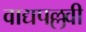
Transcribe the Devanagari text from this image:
वाद्यपल्लवी